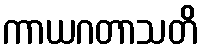
ကာယဂတာသတိ